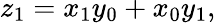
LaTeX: z_{1}=x_{1}y_{0}+x_{0}y_{1},